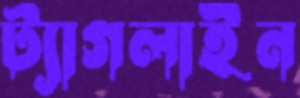
ট্যাগলাইন